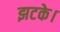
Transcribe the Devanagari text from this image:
झटके।